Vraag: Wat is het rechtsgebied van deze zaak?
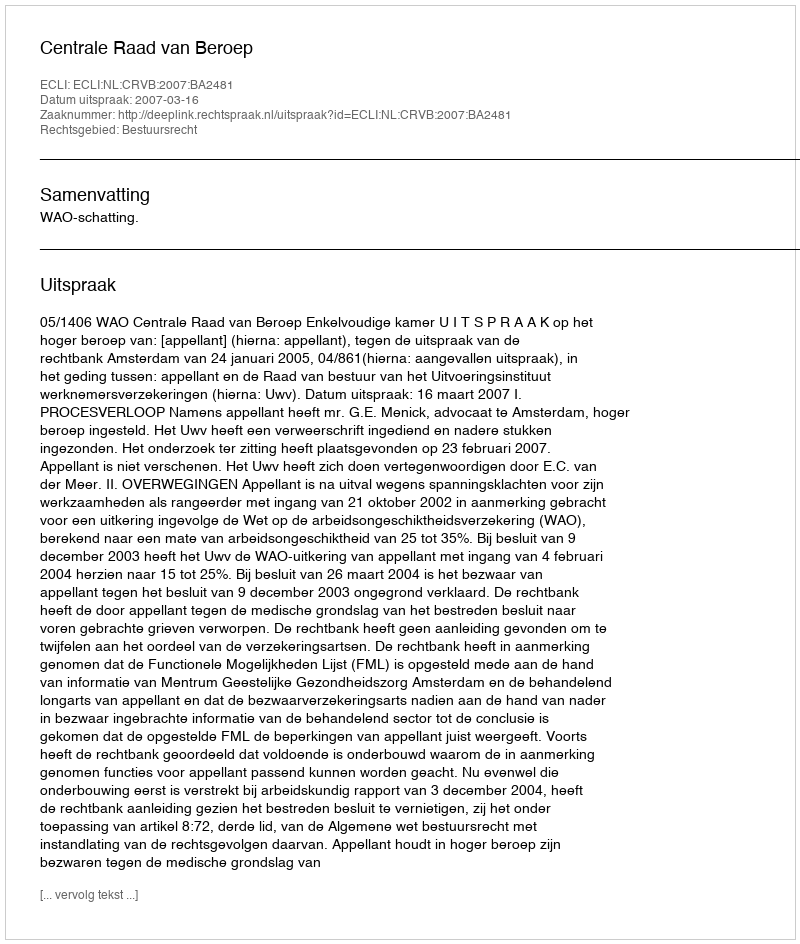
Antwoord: Bestuursrecht